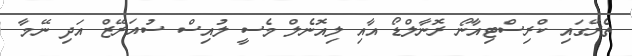
ތެރޭގައި ކްރިސްޓިއާނޯ ރޮނާލްޑޯ އާއި ލިއޮނެލް މެސީ ލުއިސް ސުއަރޭޒް އަދި ނޭމާ